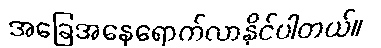
အခြေအနေရောက်လာနိုင်ပါတယ်။